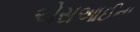
એસઆઈના